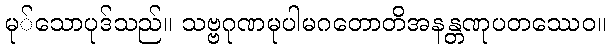
မု်သောပုဒ်သည်။ သဗ္ဗဂုဏမုပါမဂတောတိအနန္တဏုပတဿေဝ။